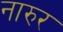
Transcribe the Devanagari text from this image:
नारुर